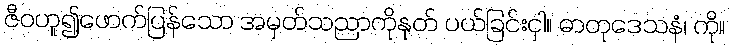
ဇီဝဟူ၍ဖောက်ပြန်သော အမှတ်သညာကိုနုတ် ပယ်ခြင်းငှါ။ ဓာတုဒေသနံ၊ ကို။